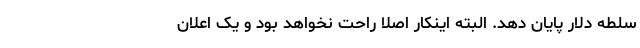
سلطه دلار پایان دهد. البته اینکار اصلا راحت نخواهد بود و یک اعلان